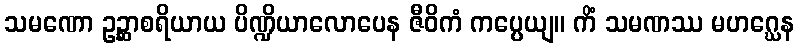
သမဏော ဥဉ္ဆာစရိယာယ ပိဏ္ဍိယာလောပေန ဇီဝိကံ ကပ္ပေယျ။ ကိံ သမဏဿ မဟဂ္ဃေန